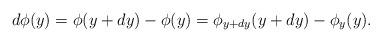
LaTeX: \begin{align*}d\phi(y)=\phi(y+dy)-\phi(y) =\phi_{y+dy}(y+dy)-\phi_{y}(y). \end{align*}